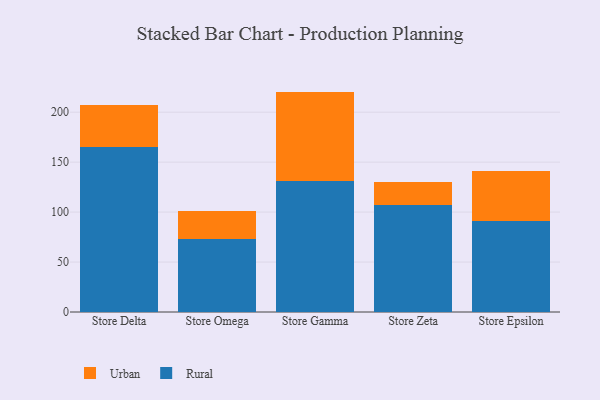
{"axis": {"x": "Store", "y": "Revenue (USD Million)"}, "legend": ["Rural", "Urban"], "data": [{"x": "Store Delta", "y": 165.3, "type": "Rural"}, {"x": "Store Delta", "y": 42.3, "type": "Urban"}, {"x": "Store Omega", "y": 72.8, "type": "Rural"}, {"x": "Store Omega", "y": 28.7, "type": "Urban"}, {"x": "Store Gamma", "y": 131.2, "type": "Rural"}, {"x": "Store Gamma", "y": 89.4, "type": "Urban"}, {"x": "Store Zeta", "y": 107.4, "type": "Rural"}, {"x": "Store Zeta", "y": 22.7, "type": "Urban"}, {"x": "Store Epsilon", "y": 91.4, "type": "Rural"}, {"x": "Store Epsilon", "y": 49.8, "type": "Urban"}]}